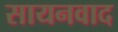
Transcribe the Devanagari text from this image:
सायनवाद